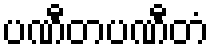
ပဏီတပဏီတံ